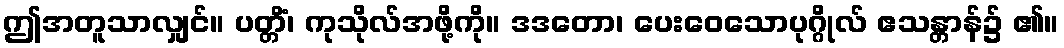
ဤအတူသာလျှင်။ ပတ္တိံ၊ ကုသိုလ်အဖို့ကို။ ဒဒတော၊ ပေးဝေသောပုဂ္ဂိုလ် ဧသန္တာန်၌ ၏။